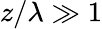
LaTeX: z/\lambda\gg 1